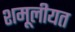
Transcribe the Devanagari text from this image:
शमूलीयत